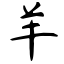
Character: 羊